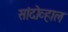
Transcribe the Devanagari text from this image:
सांदोव्हाल